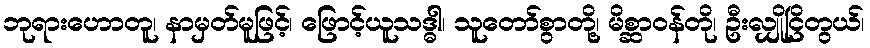
ဘုရားဟောတူ၊ နာမှတ်မူဖြင့်၊ ဖြောင့်ယူသဒ္ဓါ၊ သူတော်စွာတို့၊ မိစ္ဆာဝန်တို၊ ဦးလျှိုငြိတွယ်၊